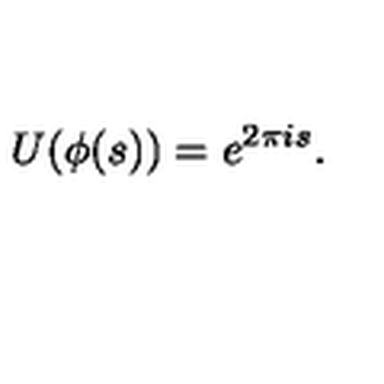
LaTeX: U ( \phi ( s ) ) = e ^ { 2 \pi i s } .